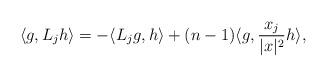
LaTeX: \begin{align*} \langle g,L_j h \rangle = - \langle L_j g, h \rangle + (n-1) \langle g, \frac{x_j}{|x|^2} h \rangle,\end{align*}